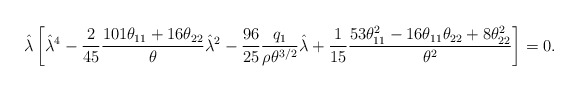
\begin{align*} \hat{\lambda} \left[ \hat{\lambda}^4 - \frac{2}{45} \frac{101 \theta_{11} + 16 \theta_{22}}{\theta} \hat{\lambda}^2 - \frac{96}{25} \frac{q_1}{\rho \theta^{3/2}} \hat{\lambda} + \frac{1}{15} \frac{53\theta_{11}^2 - 16 \theta_{11} \theta_{22} + 8 \theta_{22}^2}{\theta^2}\right] = 0.\end{align*}